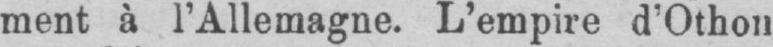
ment à l’Allemagne. L’empire d’Othon